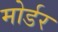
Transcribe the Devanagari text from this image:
मोर्डर